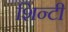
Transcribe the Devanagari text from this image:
शिन्टी